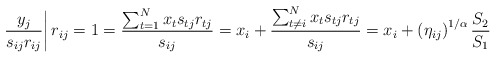
\begin{align*}\left.\frac{y_j}{s_{ij}r_{ij}}\right|r_{ij}=1 = \frac{\sum_{t=1}^Nx_ts_{tj}r_{tj}}{s_{ij}}=x_i + \frac{\sum_{t\neq i}^Nx_ts_{tj}r_{tj}}{s_{ij}} = x_i + \left(\eta_{ij}\right)^{1/\alpha} \frac{S_2}{S_1}\end{align*}